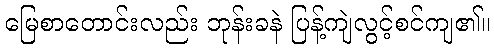
မြေစာတောင်းလည်း ဘုန်းခနဲ ပြန့်ကျဲလွင့်စင်ကျ၏။